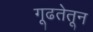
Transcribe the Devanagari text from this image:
गूढतेतून